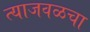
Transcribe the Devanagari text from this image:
त्याजवळचा